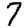
Digit: 7